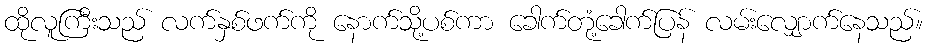
ထိုလူကြီးသည် လက်နှစ်ဖက်ကို နောက်သို့ပစ်ကာ ခေါက်တုံ့ခေါက်ပြန် လမ်းလျှောက်နေသည်။